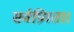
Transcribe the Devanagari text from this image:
सर्वप्रियता।